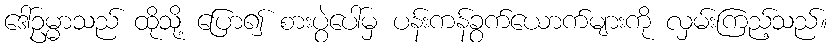
ဒေါ်ဥမ္မာသည် ထိုသို့ ပြော၍ စားပွဲပေါ်မှ ပန်းကန်ခွက်ယောက်များကို လှမ်းကြည့်သည်။